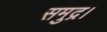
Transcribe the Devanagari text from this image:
समुद्र।